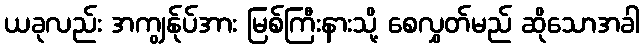
ယခုလည်း အကျွန်ုပ်အား မြစ်ကြီးနားသို့ စေလွှတ်မည် ဆိုသောအခါ